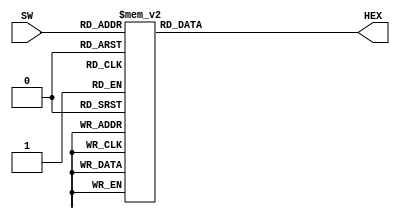
module led7seg (SW,HEX);
input [3:0] SW;
output reg [0:6] HEX;
always @ (SW)
case (SW)
4'b0000 : HEX = 7'b0000001;
4'b0001 : HEX = 7'b1001111;
4'b0010 : HEX = 7'b0010010;
4'b0011 : HEX = 7'b0000110;
4'b0100 : HEX = 7'b1001100;
4'b0101 : HEX = 7'b0100100;
4'b0110 : HEX = 7'b1100000;
4'b0111 : HEX = 7'b0001111;
4'b1000 : HEX = 7'b0000000;
4'b1001 : HEX = 7'b0001100;
default : HEX = 7'b0000001; // trang thai ban dau la 0
endcase
endmodule